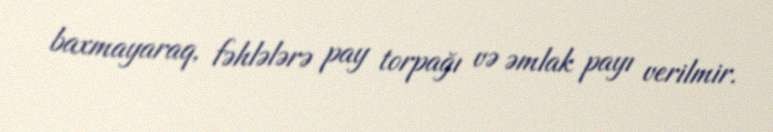
baxmayaraq, fəhlələrə pay torpağı və əmlak payı verilmir.